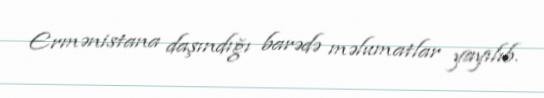
Ermənistana daşındığı barədə məlumatlar yayılıb.